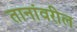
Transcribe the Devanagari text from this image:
तानांवरील